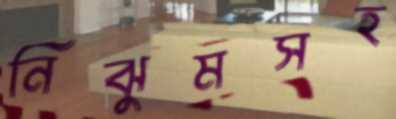
নিঝুমসহ